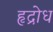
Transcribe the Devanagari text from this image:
हृद्रोध